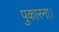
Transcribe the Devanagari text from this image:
पुकारना।